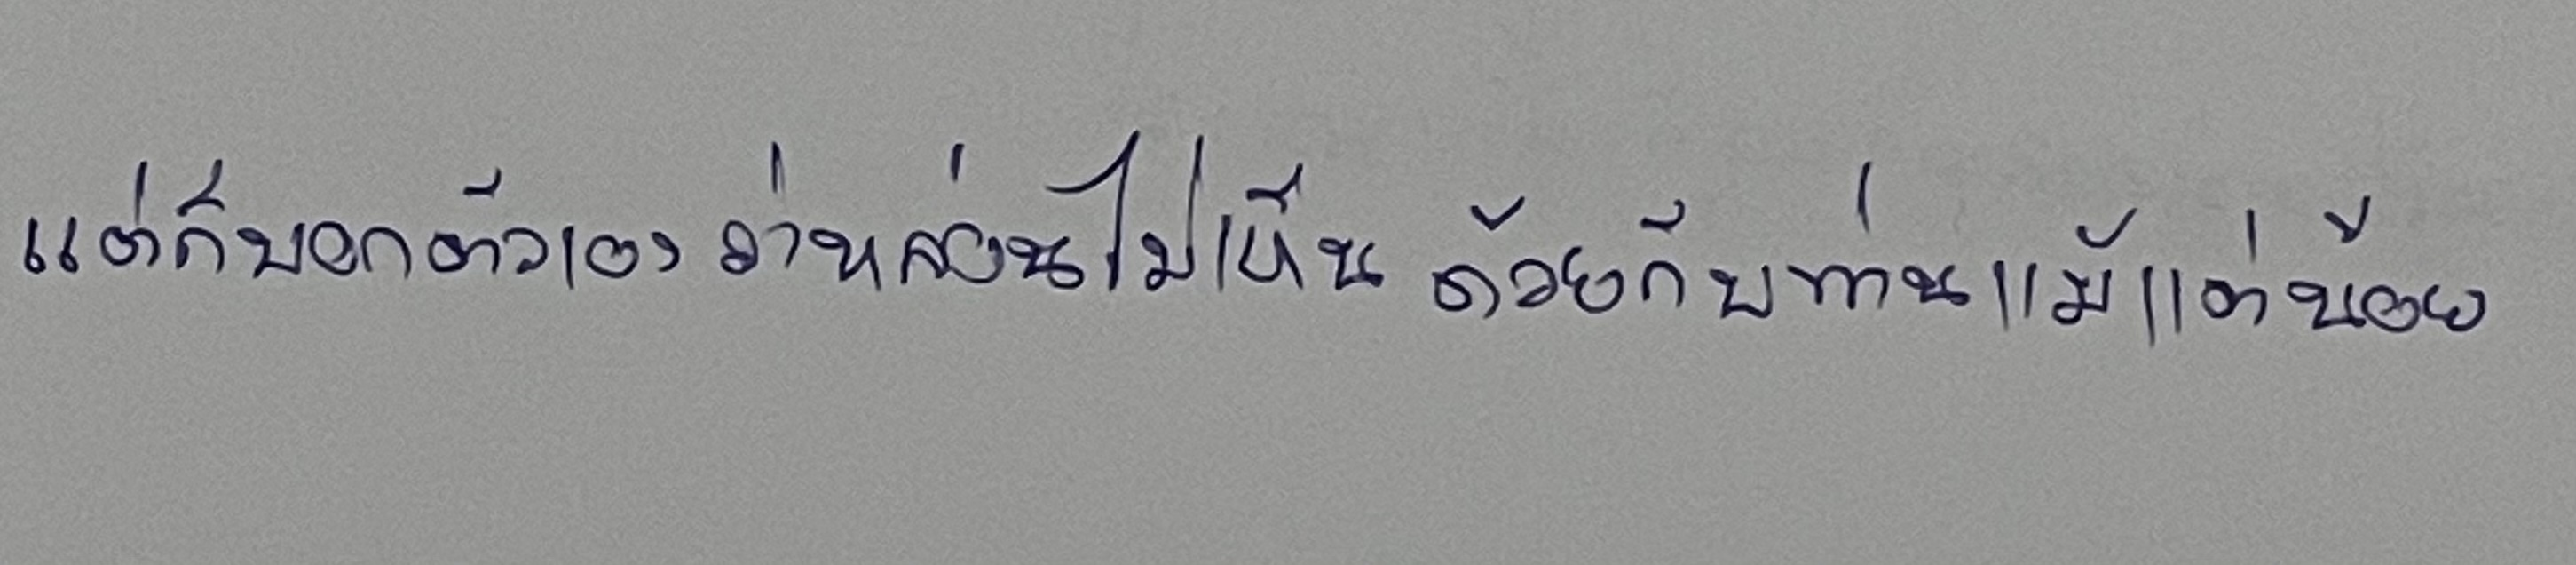
แต่ก็บอกตัวเองว่าหล่อนไม่เห็นด้วยกับท่านแม้แต่น้อย